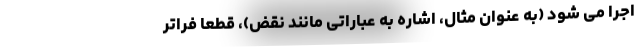
اجرا می شود (به عنوان مثال، اشاره به عباراتی مانند نقض)، قطعا فراتر